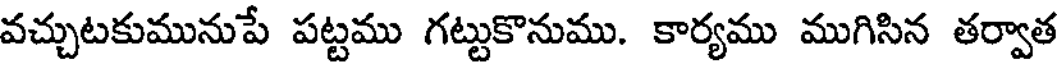
వచ్చుటకుమునుపే పట్టము గట్టుకొనుము. కార్యము ముగిసిన తర్వాత